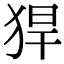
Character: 猂